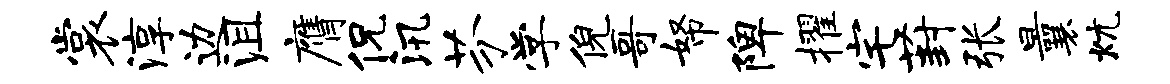
裳淳边沮膺侃汛芬学倪哥帑陴擢宅葑张曩炕